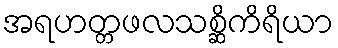
အရဟတ္တဖလသစ္ဆိကိရိယာ